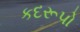
કદરૂપો